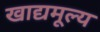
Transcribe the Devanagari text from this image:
खाद्यमूल्य